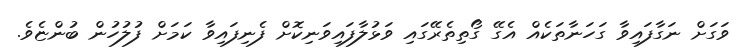
ވަގަށް ނަގާފައިވާ ގަހަނާތަކެއް އެގޭ ގޯތިތެރޭގައި ވަޅުލާފައިވަނިކޮށް ފެނިފައިވާ ކަމަށް ފުލުހުން ބުންޏެވެ.